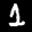
Label: 1